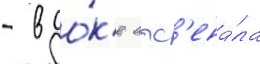
- в до́к'е арс'ена́ла